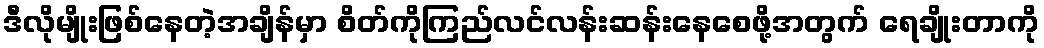
ဒီလိုမျိုးဖြစ်နေတဲ့အချိန်မှာ စိတ်ကိုကြည်လင်လန်းဆန်းနေစေဖို့အတွက် ရေချိုးတာကို